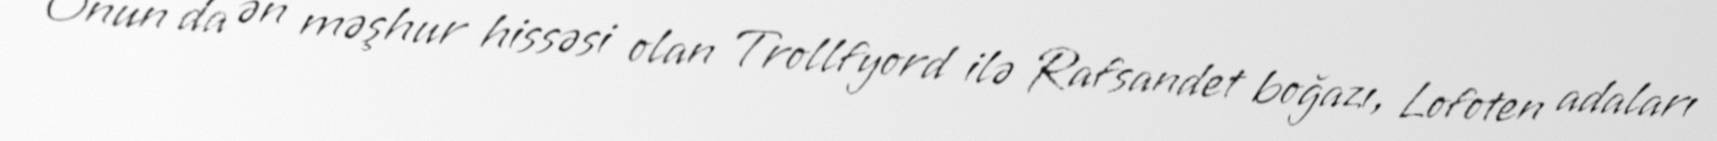
Onun da ən məşhur hissəsi olan Trollfyord ilə Rafsandet boğazı, Lofoten adaları